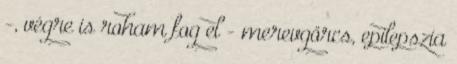
-, végre is roham fog el - merevgörcs, epilepszia